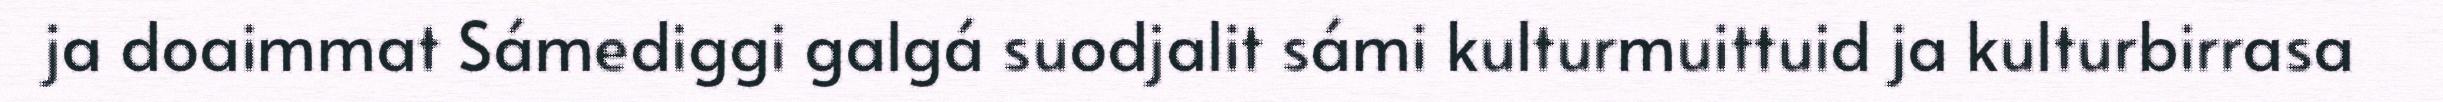
ja doaimmat Sámediggi galgá suodjalit sámi kulturmuittuid ja kulturbirrasa